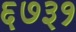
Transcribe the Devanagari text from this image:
६७३१